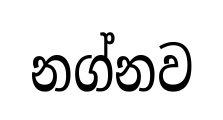
නග්නව